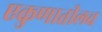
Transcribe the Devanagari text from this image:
एकुणातीलच